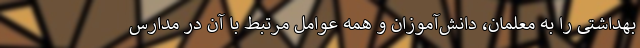
بهداشتی را به معلمان، دانش‌آموزان و همه عوامل مرتبط با آن در مدارس